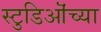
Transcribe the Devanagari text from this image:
स्टुडिऒंच्या